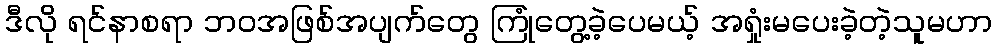
ဒီလို ရင်နာစရာ ဘဝအဖြစ်အပျက်တွေ ကြုံတွေ့ခဲ့ပေမယ့် အရှုံးမပေးခဲ့တဲ့သူမဟာ